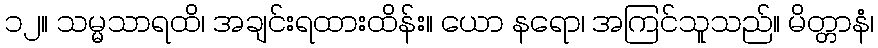
၁၂။ သမ္မသာရထိ၊ အချင်းရထားထိန်း။ ယော နရော၊ အကြင်သူသည်။ မိတ္တာနံ၊